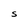
Character: S